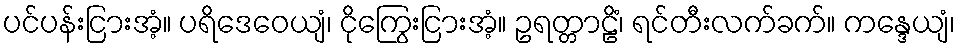
ပင်ပန်းငြားအံ့။ ပရိဒေဝေယျံ၊ ငိုကြွေးငြားအံ့။ ဥရတ္တာဠိံ၊ ရင်တီးလက်ခက်။ ကန္ဒေယျံ၊